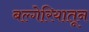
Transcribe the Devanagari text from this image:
बल्गेरियातून